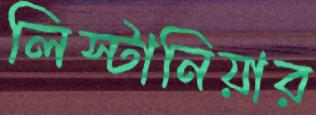
লিস্টানিয়ার